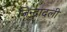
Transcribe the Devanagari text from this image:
जिन्दादली